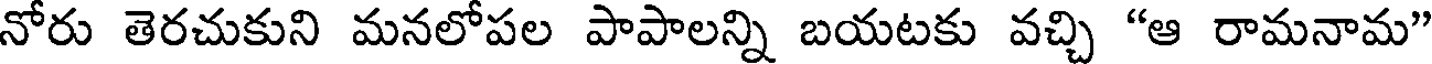
నోరు తెరచుకుని మనలోపల పాపాలన్ని బయటకు వచ్చి "ఆ రామనామ"